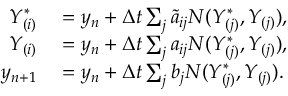
\begin{array} { r l } { Y _ { ( i ) } ^ { * } } & { { } = y _ { n } + \Delta t \sum _ { j } \tilde { a } _ { i j } N ( Y _ { ( j ) } ^ { * } , Y _ { ( j ) } ) , } \\ { Y _ { ( i ) } } & { { } = y _ { n } + \Delta t \sum _ { j } { a _ { i j } } N ( Y _ { ( j ) } ^ { * } , Y _ { ( j ) } ) , } \\ { y _ { n + 1 } } & { { } = y _ { n } + \Delta t \sum _ { j } { b _ { j } } N ( Y _ { ( j ) } ^ { * } , Y _ { ( j ) } ) . } \end{array}